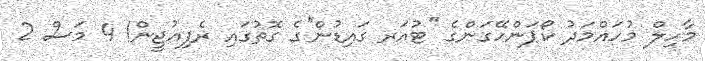
މާހިލް މުހައްމަދު ކޯޕަންހޭގަންގެ ''ޓުއަރ ގައިޑުން''ގެ ގޮތުގައި ރެފިއުޖީން! 4 މަސް 2